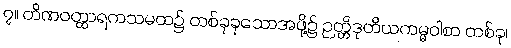
၇။ တိဏဝတ္ထာရကသမထ၌ တစ်ခုခုသောအဖို့၌ ဉတ္တိဒုတိယကမ္မဝါစာ တစ်ခု၊